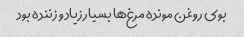
بوی روغن مونده مرغ‌ها بسیار زیاد و زننده بود